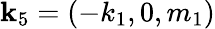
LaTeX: \textbf{k}_{5}=(-k_{1},0,m_{1})